Annual administration report of the Civil Veterinary Department of India - 1895-1896
Year: 1895
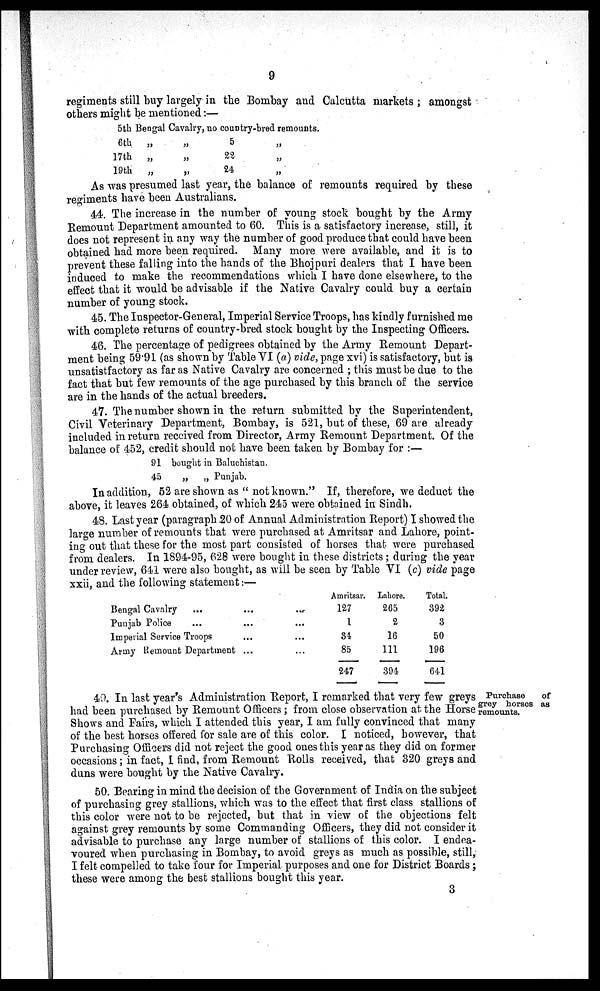
9
regiments still buy largely in the Bombay and Calcutta markets; amongst
others might be mentioned:—
5th
6th
17th
19th
Bengal Cavalry,
„ „
„ „
„ „
no country-
5
22
24
bred remounts.
„
„
„
As was presumed last year, the balance of remounts required by these
regiments have been Australians.
44. The increase in the number of young stock bought by the Army
Remount Department amounted to 60. This is a satisfactory increase, still, it
does not represent in any way the number of good produce that could have been
obtained had more been required. Many more were available, and it is to
prevent these falling into the hands of the Bhojpuri dealers that I have been
induced to make the recommendations which I have done elsewhere, to the
effect that it would be advisable if the Native Cavalry could buy a certain
number of young stock.
45. The Inspector-General, Imperial Service Troops, has kindly furnished me
with complete returns of country-bred stock bought by the Inspecting Officers.
46. The percentage of pedigrees obtained by the Army Remount Depart-
ment being 59.91 (as shown by Table VI (a) vide, page xvi) is satisfactory, but is
unsatistfactory as far as Native Cavalry are concerned; this must be due to the
fact that but few remounts of the age purchased by this branch of the service
are in the hands of the actual breeders.
47. The number shown in the return submitted by the Superintendent,
Civil Veterinary Department, Bombay, is 521, but of these, 69 are already
included in return received from Director, Army Remount Department. Of the
balance of 452, credit should not have been taken by Bombay for:—
91 bought in Baluchistan.
45
„
„ Punjab.
In addition, 52 are shown as "not known." If, therefore, we deduct the
above, it leaves 264 obtained, of which 245 were obtained in Sindh.
48. Last year (paragraph .20 of Annual Administration Report) I showed the
large number of remounts that were purchased at Amritsar and Lahore, point-
ing out that these for the most part consisted of horses that were purchased
from dealers. In 1894-95, 628 were bought in these districts; during the year
under review, 641 were also bought, as will be seen by Table VI (c) vide page
xxii, and the following statement:—
Bengal Cavalry ... ... ...
Punjab Police ... ... ...
Imperial Service Troops ... ...
Army Remount Department ... ...
Amritsar.
127
1
34
85
247
Lahore.
265
2
16
111
394
Total.
392
3
50
196
641
Purchase
of
grey horses as
remounts.
49. In last year's Administration Report, I remarked that very few greys
had been purchased by Remount Officers; from close observation at the Horse
Shows and Fairs, which I attended this year, I am fully convinced that many
of the best horses offered for sale are of this color. I noticed, however, that
Purchasing Officers did not reject the good ones this year as they did on former
occasions; in fact, I find, from Remount Rolls received, that 320 greys and
duns were bought by the Native Cavalry.
50. Bearing in mind the decision of the Government of India on the subject
of purchasing grey stallions, which was to the effect that first class stallions of
this color were not to be rejected, but that in view of the objections felt
against grey remounts by some Commanding Officers, they did not consider it
advisable to purchase any large number of stallions of this color. I endea-
voured when purchasing in Bombay, to avoid greys as much as possible, still,
I felt compelled to take four for Imperial purposes and one for District Boards;
these were among the best stallions bought this year.
3